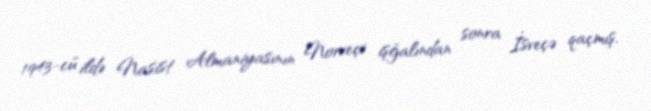
1943-cü ildə Nasist Almaniyasının Norveçi işğalından sonra İsveçə qaçmış,